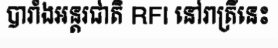
បារាំងអន្តរជាតិ RFI នៅរាត្រីនេះ